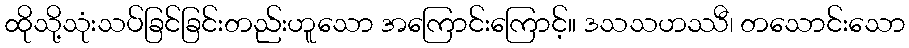
ထိုသို့သုံးသပ်ခြင်ခြင်းတည်းဟူသော အကြောင်းကြောင့်။ ဒသသဟဿီ၊ တသောင်းသော